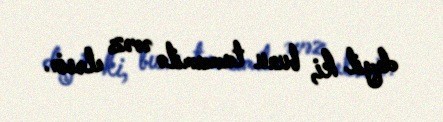
deyil ki, bunu tamamilə əvəz eləsin.